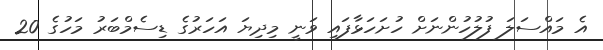
އެ މައްސަލަ ފުލުހުންނަށް ހުށަހަޅާފައި ވަނީ މިދިޔަ އަހަރުގެ ޑިސެމްބަރު މަހުގެ 20